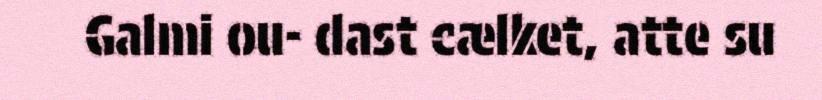
Galmi ou- dast cælket, atte su